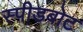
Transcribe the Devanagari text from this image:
स्‍पीडबोट